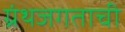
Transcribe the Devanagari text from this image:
ग्रंथजगताची